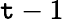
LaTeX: {\mathtt{t}-1}